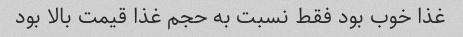
غذا خوب بود فقط نسبت به حجم غذا قیمت بالا بود